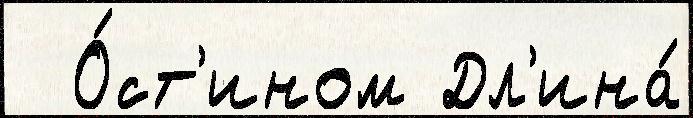
  О́ст'ином Дл'ина́